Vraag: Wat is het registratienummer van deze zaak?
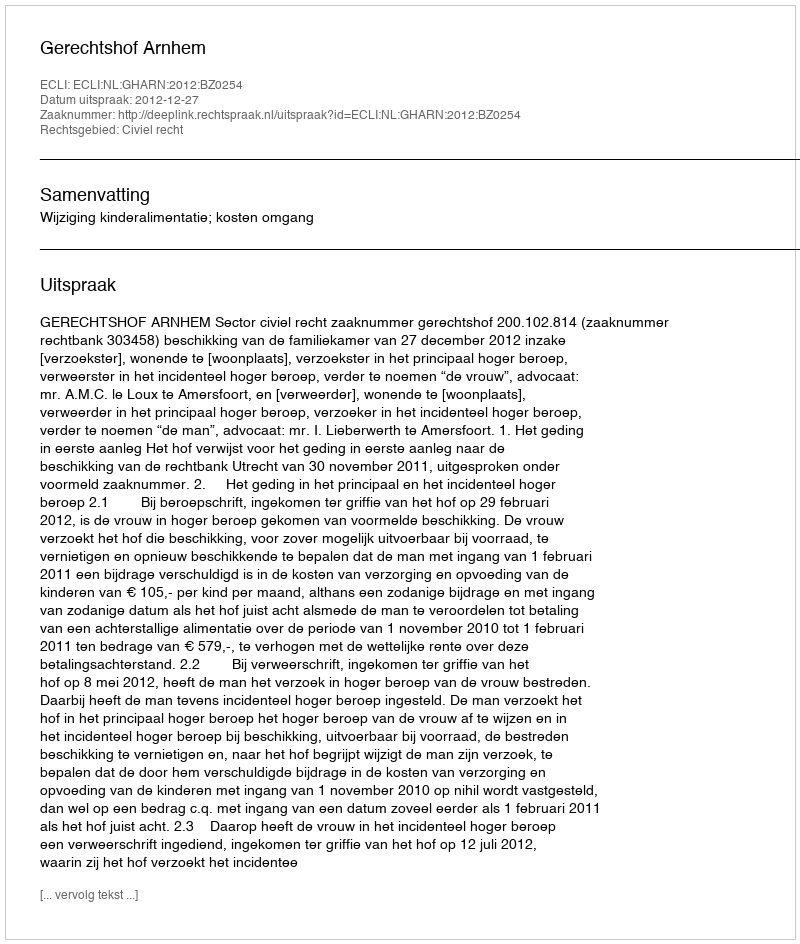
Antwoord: http://deeplink.rechtspraak.nl/uitspraak?id=ECLI:NL:GHARN:2012:BZ0254